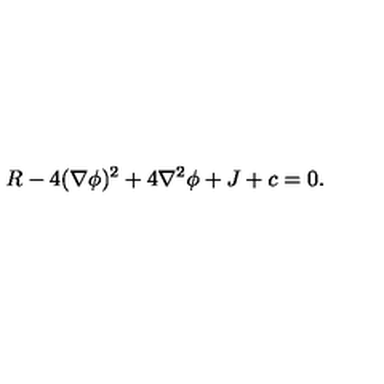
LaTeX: R - 4 ( \nabla \phi ) ^ { 2 } + 4 \nabla ^ { 2 } \phi + J + c = 0 .